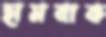
হামবাক